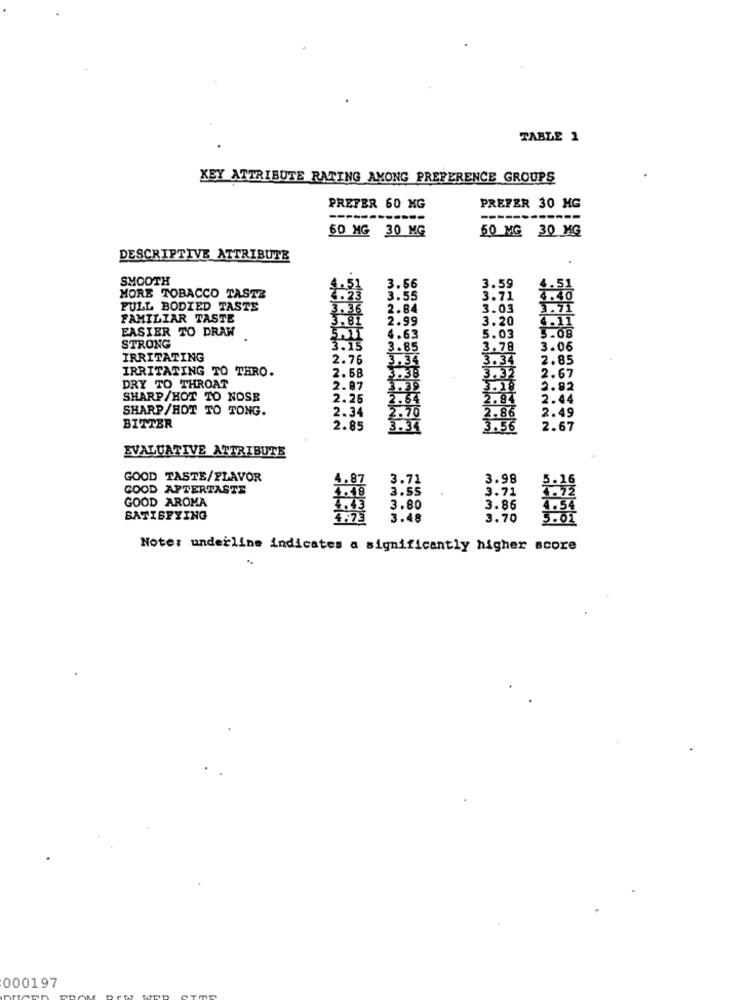
TABLE 1
KEY ATTRIBUTE RATING AMONG PREFERENCE GROUPS
PREFER 60 MG
PREFER 30 MG
-
------
50 MG 30 MG
50 MG 30 MG
DESCRIPTIVE ATTRIBUTE
SMOOTH
3.66
3.59
MORE TOBACCO TASTE
. 23
3.55
3.71
4.40
FULL BODIED TASTE
3.36
2.84
3.03
3.71
FAMILIAR TASTE
3.
2.99
3.20
4.11
EASIER TO DRAW
5.03
5.08
STRONG
4.63
3.15
3.85
3.78
3.06
IRRITATING
2.76
3.34
3.34
2.85
IRRITATING TO THRO.
2.58
3.38
DRY TO THROAT
3.32
2.67
2.97
3.3
3.
2.92
SHARP/HOT TO NOSE
2.25
2.84
2.44
SHARP/HOT TO TONG.
2.34
2.49
BITTER
2.85
2.67
EVALUATIVE ATTRIBUTE
GOOD TASTE/FLAVOR
3.71
3.98
GOOD AFTERTASTE
3.55
3.71
GOOD AROMA
3.80
3.86
SATISFYING
3.48
3.70
Note: underline indicates a significantly higher score
000197